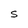
Character: S